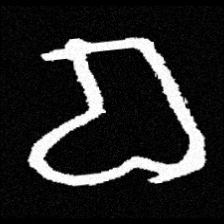
Pyu character \u2014 Myanmar letter: စ (romanized: ca)